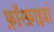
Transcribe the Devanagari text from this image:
फ़ॉस्फ़ाइडो